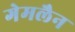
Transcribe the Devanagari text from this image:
गेमलैन